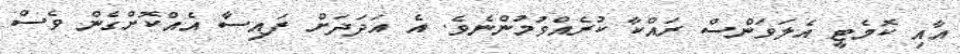
އާއި ކޮމެޓީ އެލަވަންސް ރައްކާ ކުރެއްވުމުންނެވެ. އެ އަދަދަށް ފައިސާ އެއްކޮށްގެން ވެސް